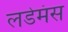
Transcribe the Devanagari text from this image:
लडेमंस